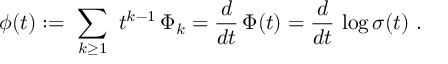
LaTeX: \phi ( t ) : = \ \sum _ { k \ge 1 } \ t ^ { k - 1 } \, \Phi _ { k } = { \frac { d } { d t } } \, \Phi ( t ) = { \frac { d } { d t } } \, \log \sigma ( t ) \ .